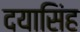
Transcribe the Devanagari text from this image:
दयासिंह